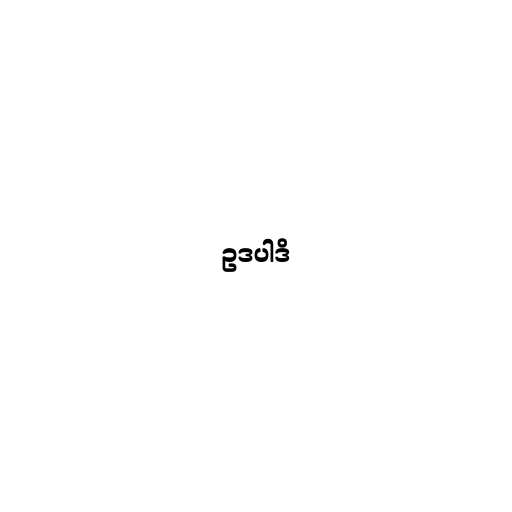
ဥဒပါဒိ